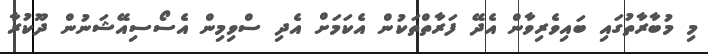
މި މުބާރާތުގައި ބައިވެރިވާން އެދޭ ފަރާތްތަކުން އެކަމަށް އެދި ސްވިމިން އެސޯސިއޭޝަނުން ދޫކުރާ